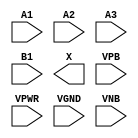
module sky130_fd_sc_hd__o31a (
    //# {{data|Data Signals}}
    input  A1  ,
    input  A2  ,
    input  A3  ,
    input  B1  ,
    output X   ,

    //# {{power|Power}}
    input  VPB ,
    input  VPWR,
    input  VGND,
    input  VNB
);
endmodule